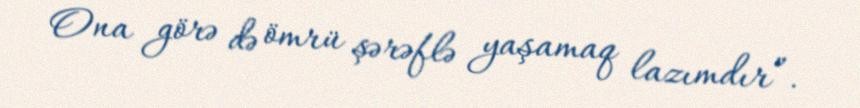
Ona görə də ömrü şərəflə yaşamaq lazımdır”.